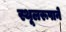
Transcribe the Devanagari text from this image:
स्थूलरूपाने